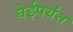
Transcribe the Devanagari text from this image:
घेईपर्यंत